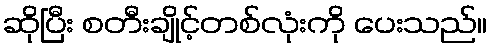
ဆိုပြီး စတီးချိုင့်တစ်လုံးကို ပေးသည်။